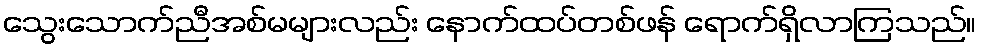
သွေးသောက်ညီအစ်မများလည်း နောက်ထပ်တစ်ဖန် ရောက်ရှိလာကြသည်။